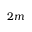
2 m